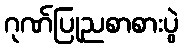
ဂုဏ်ပြုညစာစားပွဲ